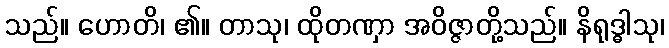
သည်။ ဟောတိ၊ ၏။ တာသု၊ ထိုတဏှာ အဝိဇ္ဇာတို့သည်။ နိရုဒ္ဓါသု၊